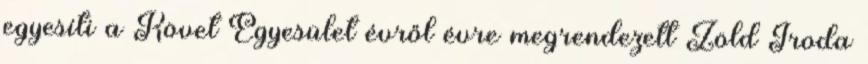
egyesíti a Követ Egyesület évről évre megrendezett Zöld Iroda